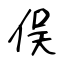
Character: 俣